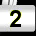
Digit: 2